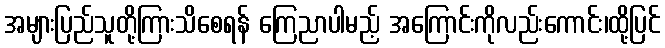
အများပြည်သူတို့ကြားသိစေရန် ကြေညာပါမည့် အကြောင်းကိုလည်းကောင်း၊ထို့ပြင်